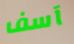
آسف